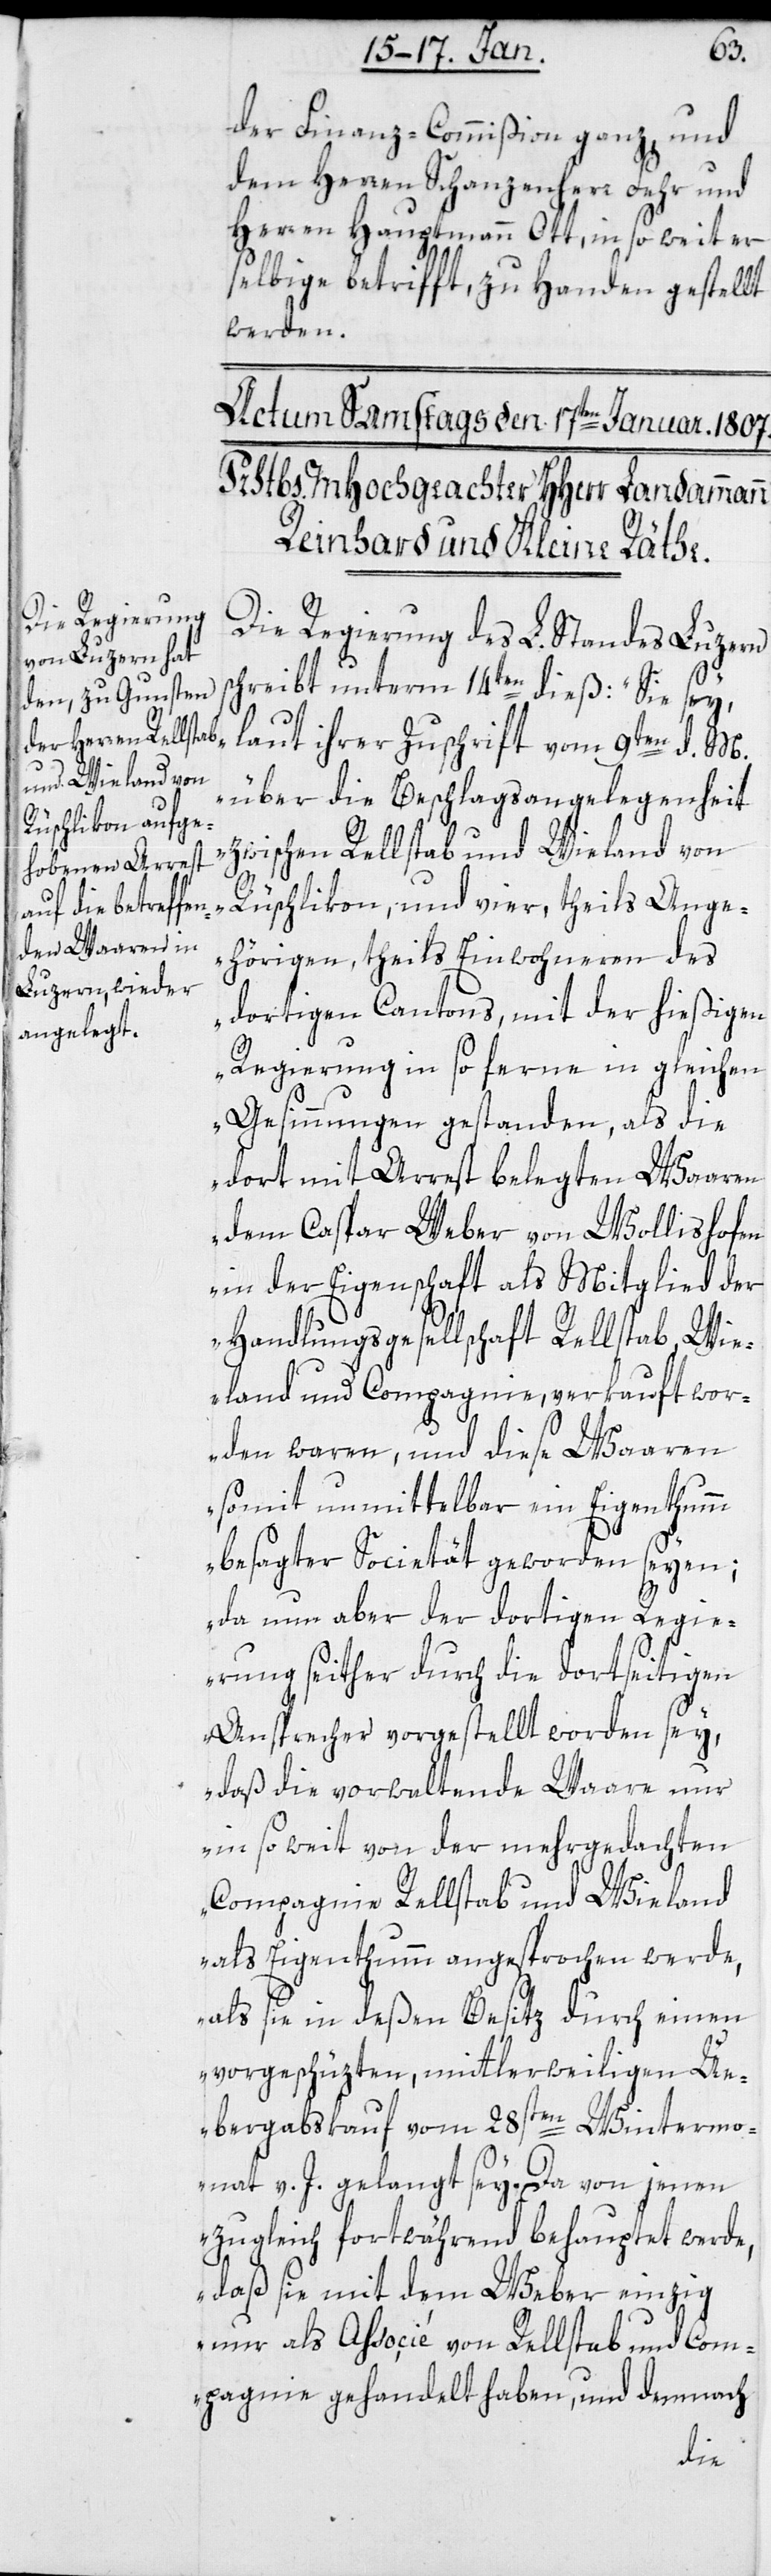
der Finanz-Commißion ganz und
dem Herren Schanzenherr Fehr und
Herren Hauptmann Ott, in so weit er
selbige betrifft, zu Handen gestellt
werden.
Die Regierung des L. Standes Luzern
schreibt unterm 14ten dieß: "Sie sey,
laut ihrer Zuschrift vom 9ten d. M.
über die Beschlagsangelegenheit
zwischen Rellstab und Wieland von
Rüschlikon, und vier, theils Ange¬
hörigen, theils Einwohneren des
dortigen Cantons, mit der hießigen
Regierung in so ferne in gleichen
Gesinnungen gestanden, als die
dort mit Arrest belegten Waaren
dem Caspar Weber von Wollishofen
in der Eigenschaft als Mitglied der
Handlungsgesellschaft Rellstab, Wie¬
land und Compagnie, verkauft wor¬
den waren, und diese Waaren
somit unmittelbar ein Eigenthumm
besagter Societät geworden seyen;
da nun aber der dortigen Regie¬
rung seither durch die dortseitigen
Ansprecher vorgestellt worden sey,
daß die vorwaltende Waare nur
in so weit von der mehrgedachten
Compagnie Rellstab und Wieland
als Eigenthumm angesprochen werde,
als sie in deßen Besitz durch einen
vorgeschüzten, mittlerweiligen Ue¬
bergabskauf vom 28sten Wintermo¬
nat v. J. gelangt sey. Da von jenen
zugleich fortwährend behauptet werde,
daß sie mit dem Weber einzig
nur als Associé von Rellstab und Com¬
pagnie gehandelt haben, und demnach